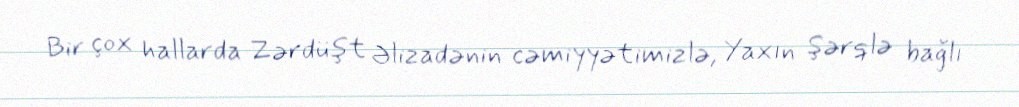
Bir çox hallarda Zərdüşt Əlizadənin cəmiyyətimizlə, Yaxın Şərqlə bağlı